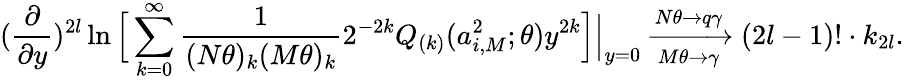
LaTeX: (\frac{\partial}{\partial y})^{2l}\ln\Big[\sum_{k=0}^{\infty}\frac{1}{(N\theta)_{k}(M\theta)_{k}}2^{-2k}Q_{(k)}(a_{i,M}^{2};\theta)y^{2k}\Big]\Bigr|_{y=0}\xrightarrow[M\theta\rightarrow\gamma]{N\theta\rightarrow q\gamma}(2l-1)!\cdot k_{2l}.